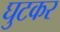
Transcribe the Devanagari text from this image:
घुटकर